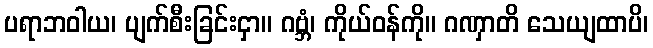
ပရာဘဝါယ၊ ပျက်စီးခြင်းငှာ။ ဂဗ္ဘံ၊ ကိုယ်ဝန်ကို။ ဂဏှာတိ သေယျထာပိ၊